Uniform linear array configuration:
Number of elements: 48
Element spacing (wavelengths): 1
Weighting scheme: exponential
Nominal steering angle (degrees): -45
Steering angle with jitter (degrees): -44.804
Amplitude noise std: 0.05
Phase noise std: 0.05

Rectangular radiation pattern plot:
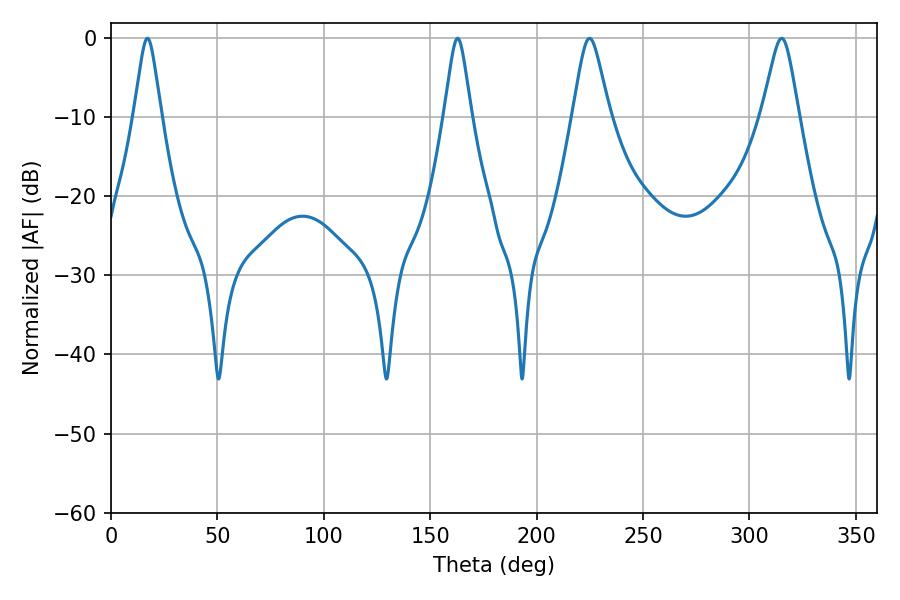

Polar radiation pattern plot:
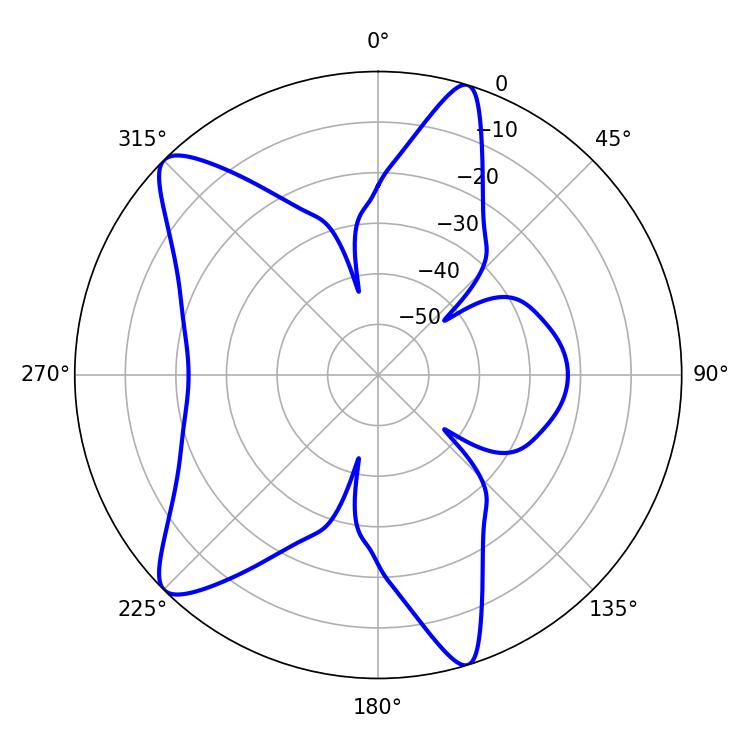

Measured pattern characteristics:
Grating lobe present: TRUE
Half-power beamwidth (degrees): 8.28
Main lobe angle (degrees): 224.82